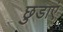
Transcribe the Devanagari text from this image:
छुडाएं